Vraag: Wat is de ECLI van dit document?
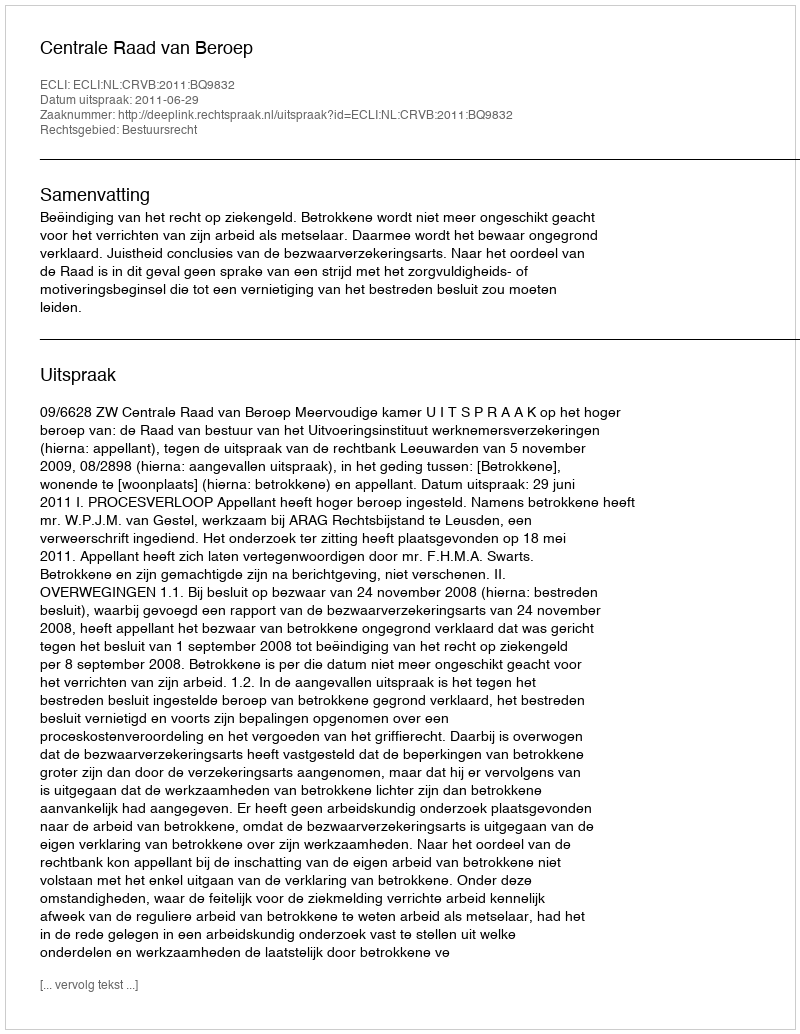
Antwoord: ECLI:NL:CRVB:2011:BQ9832